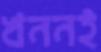
খননই